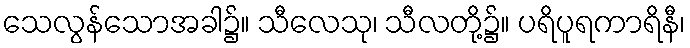
သေလွန်သောအခါ၌။ သီလေသု၊ သီလတို့၌။ ပရိပူရကာရိနီ၊